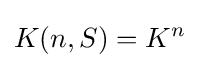
K(n,S)=K^{n}